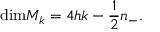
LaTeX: \mathrm { d i m } { \cal M } _ { k } = 4 h k - { \frac { 1 } { 2 } } n _ { - } .